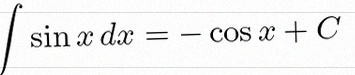
\int \sin x\,dx=-\cos x+C